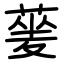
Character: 蓌